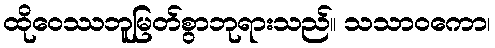
ထိုဝေဿဘူမြတ်စွာဘုရားသည်။ သသာဝကော၊